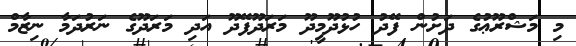
މި މަޝްރޫޢުގެ ދަށުން ފޭދު ހުޅުދޫމީދޫ މަރަދޫފޭދޫ އަދި މަރަދޫގެ ނަރުދަމާ ނިޒާމް